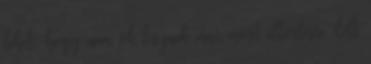
lehet, hogy nem ők lesznek már most eltörlésre ítélt